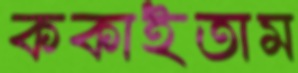
ককাইতাম